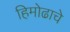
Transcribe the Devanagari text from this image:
हिमोढाचे